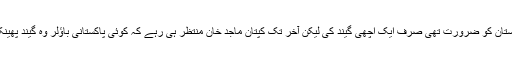
اب پاکستان کو ضرورت تھی صرف ایک اچھی گیند کی لیکن آخر تک کپتان ماجد خان منتظر ہی رہے کہ کوئی پاکستانی باؤلر وہ گیند پھینک دے۔